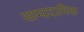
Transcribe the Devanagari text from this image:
साम्‍प्रदायिक